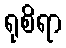
ရုစိရာ